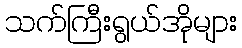
သက်ကြီးရွယ်အိုများ